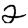
Digit: 2